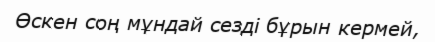
Өскен соң мұндай сезді бұрын кермей,